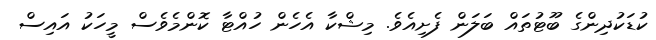
ކުޑަކުދިންގެ ބޫޓުތައް ބަލަން ފެށިއެވެ. މިޝްކާ އެހެން ހުއްޓާ ކޮންމެވެސް މީހަކު އައިސް